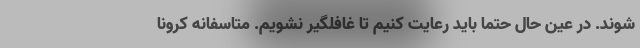
شوند. در عین حال حتما باید رعایت کنیم تا غافلگیر نشویم. متاسفانه کرونا